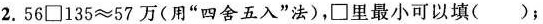
2.$$5 6 \Box 1 3 5 \approx 5 7$$万(用”四舍五入”法)，\Box 里最小可以填( )；